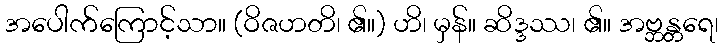
အပေါက်ကြောင့်သာ။ (ဝိဇဟတိ၊ ၏။) ဟိ၊ မှန်။ ဆိဒ္ဒဿ၊ ၏။ အဗ္ဘန္တရေ၊